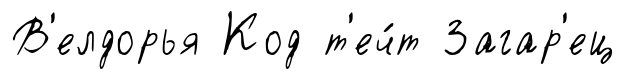
В'елдорья Код т'еч́т Загар'ец